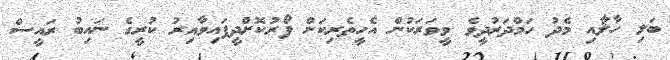
ބަލި ހާލާއި މެދު ހަމްދަރުދީވެ ވީވަރަކުން އެހީތެރިކަން ފޯރުކޮށްދީފައިވާއިރު ކުރީގެ ނައިބު ރައީސް